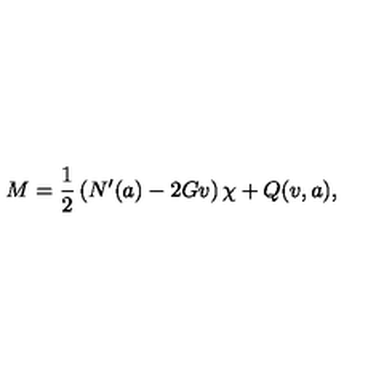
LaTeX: M = \frac { 1 } { 2 } \left( N ^ { \prime } ( a ) - 2 G v \right) \chi + Q ( v , a ) ,